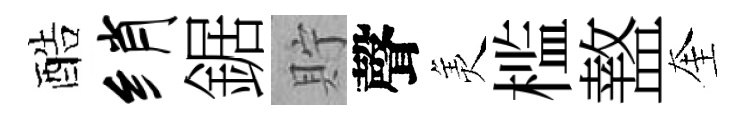
酷绡鋸貯聲羙槛盩奎